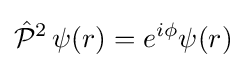
{\hat {\mathcal {P}}}^{2}\,\psi {\left(r\right)}=e^{i\phi }\psi {\left(r\right)}